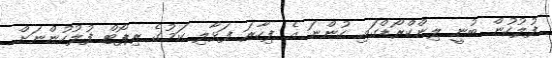
ފުލުހުން ބުނީ ލިންކްރޯޑްގައި ހުންނަ އެ ފިހާރަ ފަޅާލި ކަމުގެ ރިޕޯޓް ފުލުހުންނަށް